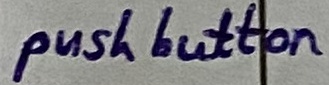
Text: push button